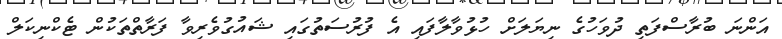
އަންނަ ބުރާސްފަތި ދުވަހުގެ ނިޔަލަށް ހުޅުވާލާފައި އެ ފުރުސަތުގައި ޝައުގުވެރިވާ ފަރާތްތަކުން ޓެކްނިކަލް